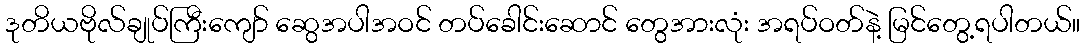
ဒုတိယဗိုလ်ချုပ်ကြီးကျော် ဆွေအပါအဝင် တပ်ခေါင်းဆောင် တွေအားလုံး အရပ်ဝတ်နဲ့ မြင်တွေ့ရပါတယ်။